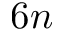
6 n